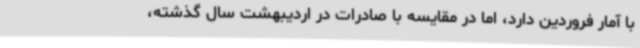
با آمار فروردین دارد، اما در مقایسه با صادرات در اردیبهشت سال گذشته،